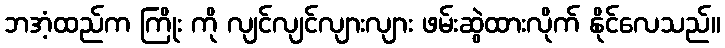
ဘအံ့ထည်က ကြိုး ကို လျင်လျင်လျားလျား ဖမ်းဆွဲထားလိုက် နိုင်လေသည်။